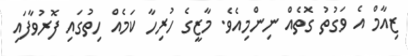
ޒިއާމް އެ ވަގުތު ގޮތެއް ނިންމިއެވެ. މާޒީގެ ހުރިހާ ކަމެއް ހިތުގައި ފޮރުވާފައި